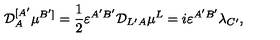
{ \cal D } _ { A } ^ { [ A ^ { \prime } } \mu ^ { B ^ { \prime } ] } = \frac { 1 } { 2 } \varepsilon ^ { A ^ { \prime } B ^ { \prime } } { \cal D } _ { L ^ { \prime } A } \mu ^ { L } = i \varepsilon ^ { A ^ { \prime } B ^ { \prime } } \lambda _ { C ^ { \prime } } ,